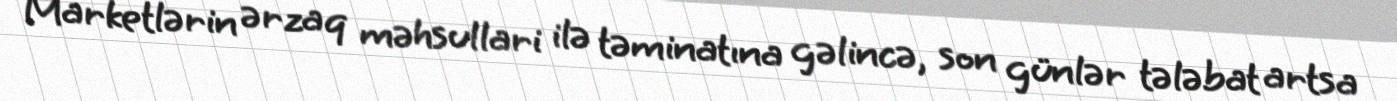
Marketlərin ərzaq məhsullari ilə təminatına gəlincə, son günlər tələbat artsa